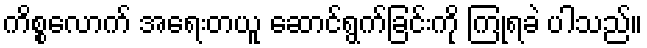
ကိစ္စလောက် အရေးတယူ ဆောင်ရွက်ခြင်းကို ကြုံရခဲ ပါသည်။